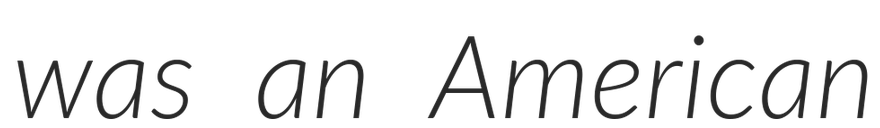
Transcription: was an American